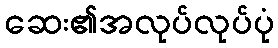
ဆေး၏အလုပ်လုပ်ပုံ